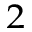
^ 2